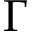
\Gamma